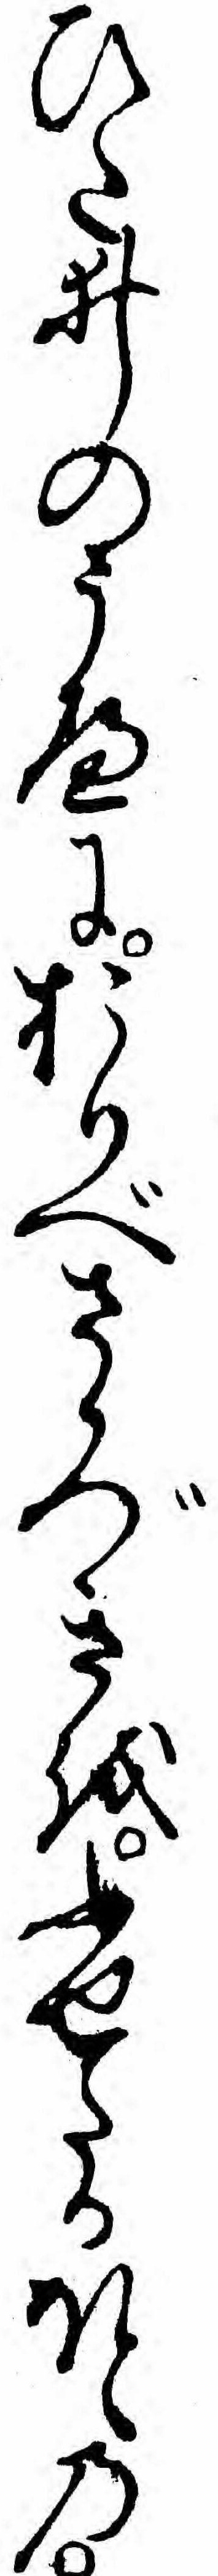
ひたゐのうへにおりべさかづきをふせたるほとの